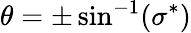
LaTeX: \theta=\pm\sin^{-1}(\sigma^{*})